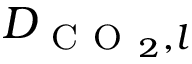
D _ { \mathrm { ~ C ~ O ~ } _ { 2 } , l }